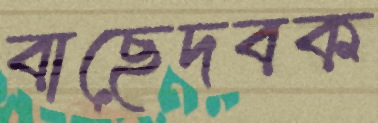
বাছেদবক